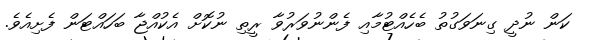
ކަން ނުދީ ގިނަވަގުތު ބެހެއްޓުމާއި ފެންނުވަރުވާ ރީތި ނުކޮށް އެކުއްޖާ ބަހައްޓަން ފެށިއެވެ.